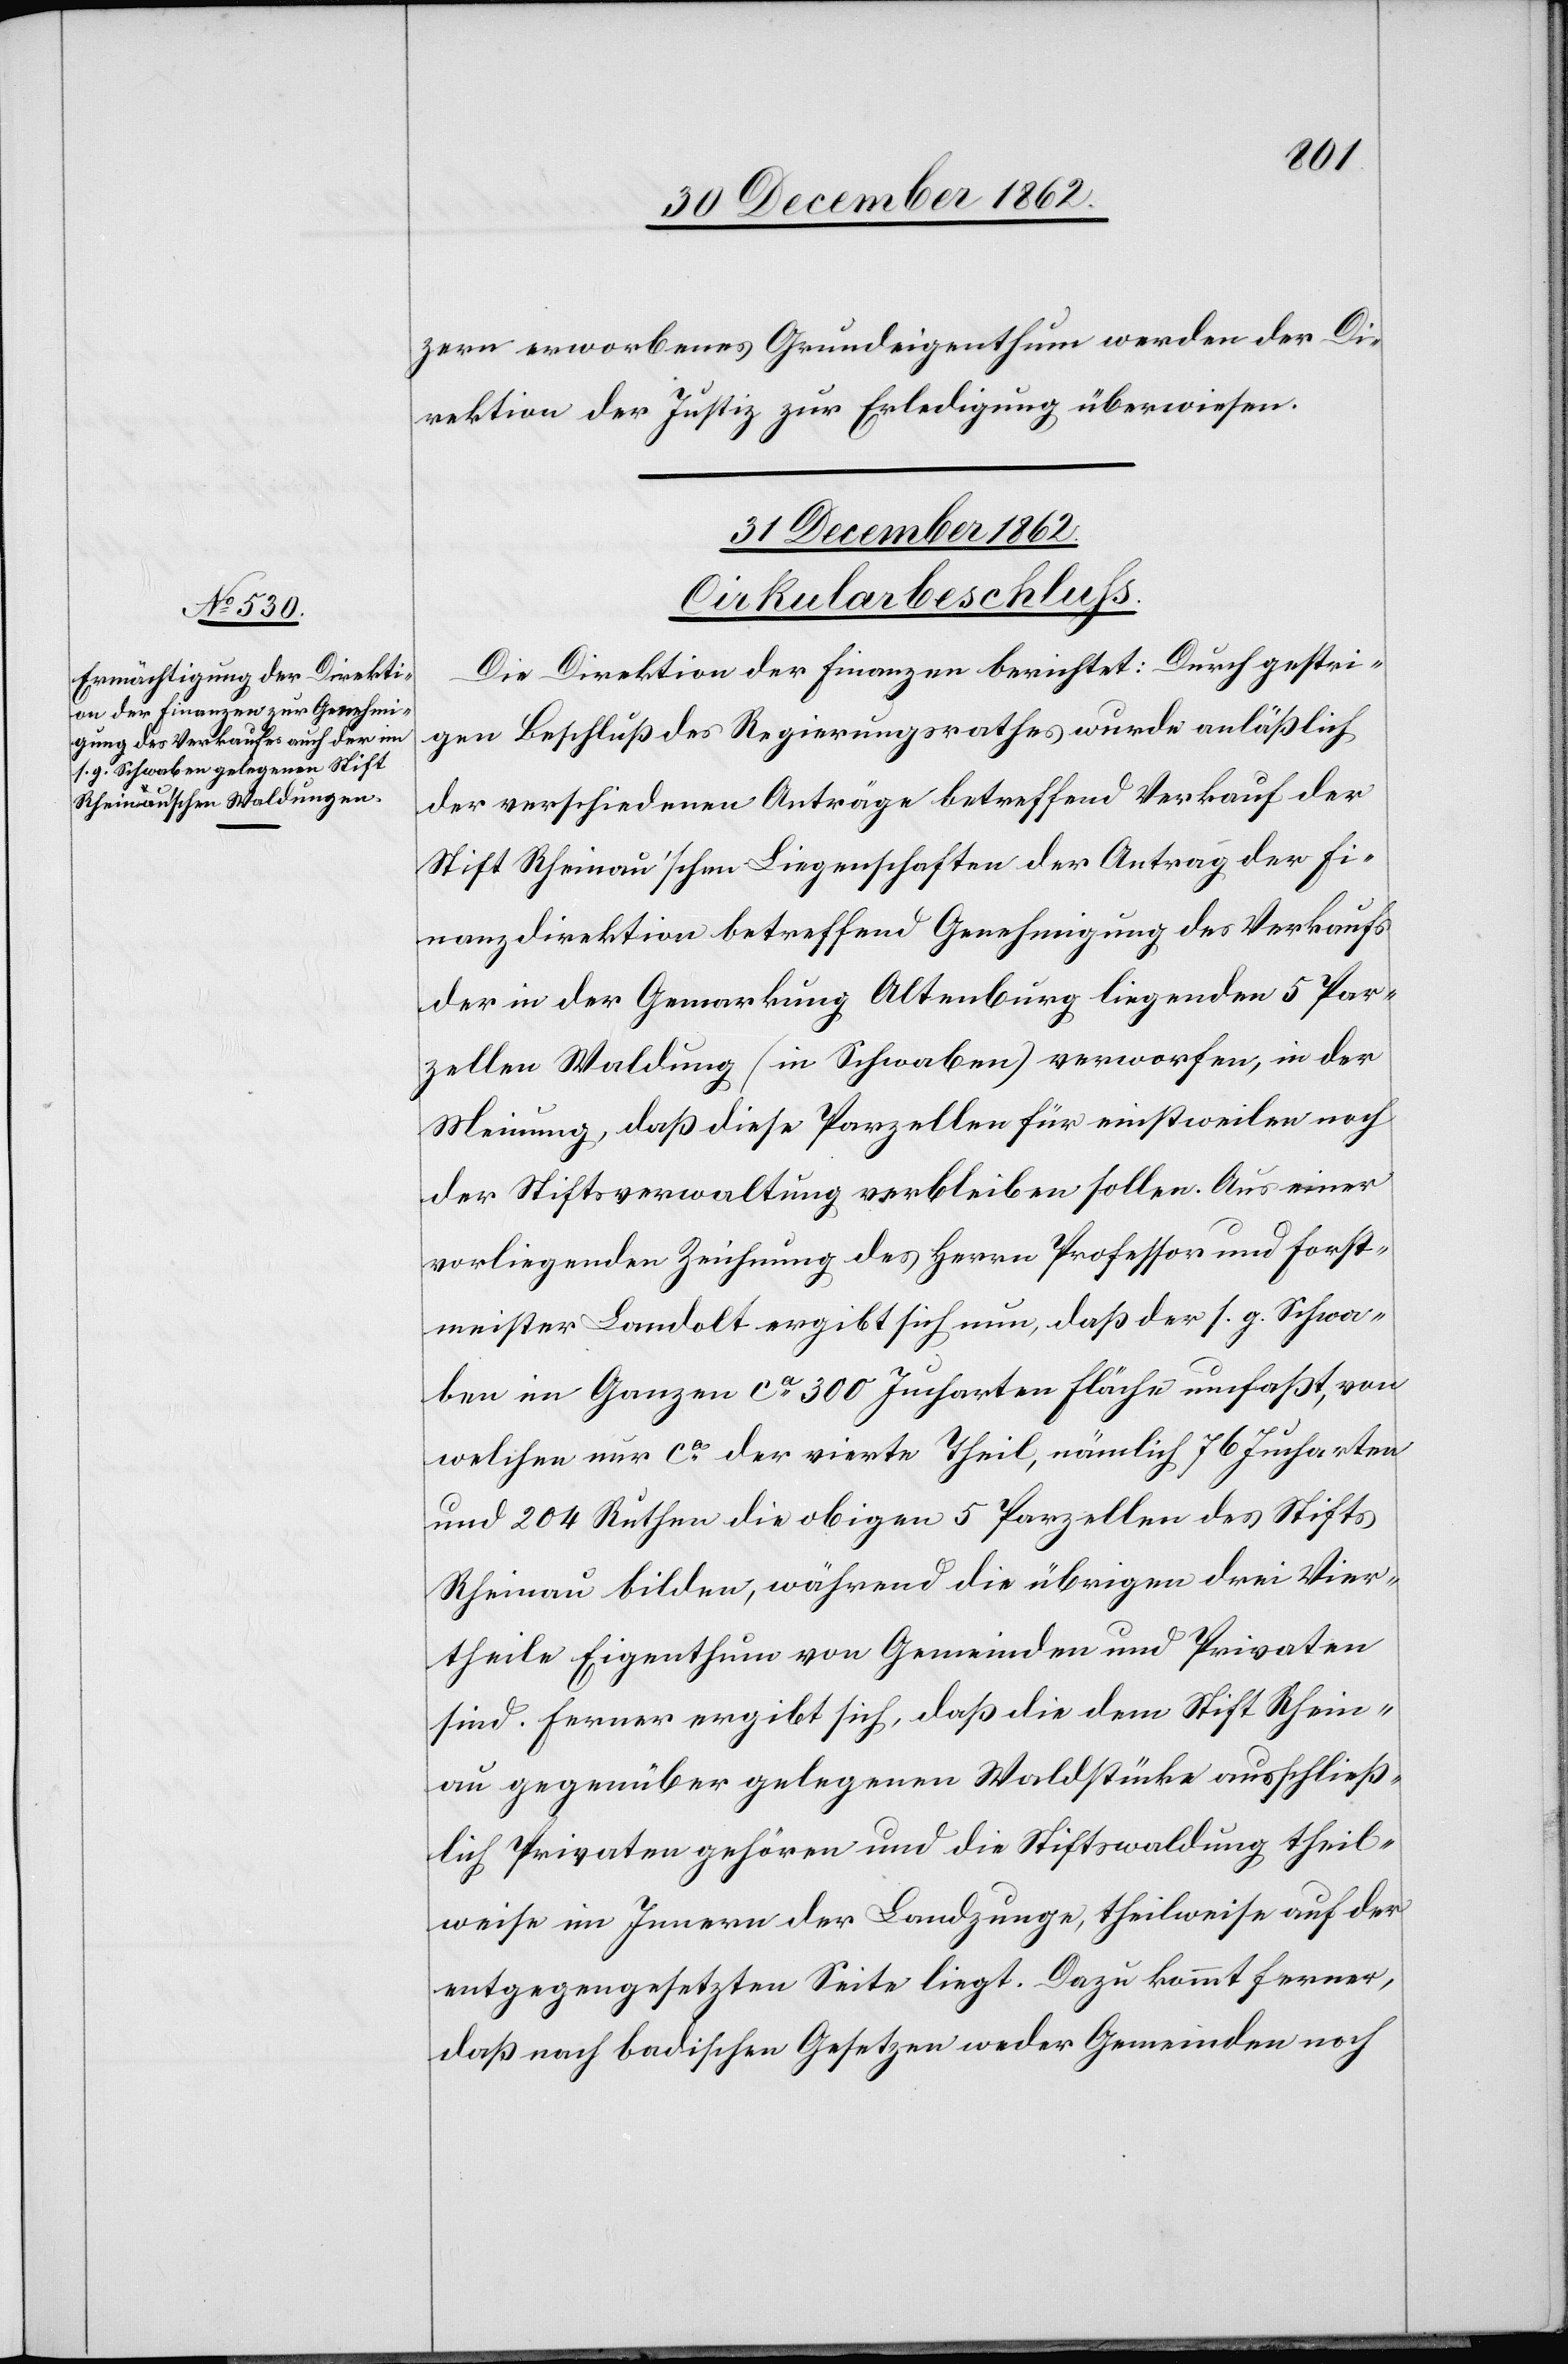
zern erworbenes Grundeigenthum werden der Di¬
rektion der Justiz zur Erledigung überwiesen.
31. December 1862.
Cirkularbeschluss.
Die Direktion der Finanzen berichtet: Durch gestri¬
gen Beschluß des Regierungsrathes wurde anläßlich
der verschiedenen Anträge betreffend Verkauf der
Stift Rheinau’schen Liegenschaften der Antrag der Fi¬
nanzdirektion betreffend Genehmigung des Verkaufs
der in der Gemarkung Altenburg liegenden 5 Par¬
zellen Waldung (in Schwaben) verworfen, in der
Meinung, daß diese Parzellen für einstweilen noch
der Stiftsverwaltung verbleiben sollen. Aus einer
vorliegenden Zeichnung des Herrn Professor und Forst¬
meister Landolt ergibt sich nun, daß der s. g. Schwa¬
ben im Ganzen ca 300 Jucharten Fläche umfaßt, von
welchem nur ca der vierte Theil, nämlich 76 Jucharten
und 204 Ruthen die obigen 5 Parzellen des Stifts
Rheinau bilden, während die übrigen drei Vier¬
theile Eigenthum von Gemeinden und Privaten
sind. Ferner ergibt sich, daß die dem Stift Rhein¬
au gegenüber gelegenen Waldstücke ausschließ¬
lich Privaten gehören und die Stiftswaldung theil¬
weise im Innern der Landzunge, theilweise auf der
entgegengesetzten Seite liegt. Dazu kommt ferner,
daß nach badischen Gesetzen weder Gemeinden noch